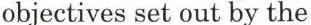
objectives set out by the